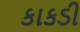
કાકડી